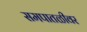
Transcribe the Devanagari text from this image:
समपातळीवर